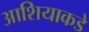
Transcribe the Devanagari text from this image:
आशियाकडे